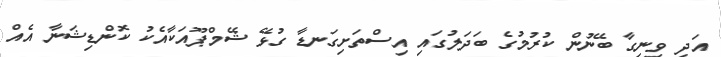
އަދި ވިނިގާ ބޭނުން ކުރުމުގެ ބަދަލުގައި އިސްތަށިގަނޑާ ގުޅޭ ޝޭމްޕޫއަކާއެކު ކޮންޑިޝަނާ އެއް